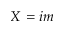
X = i m